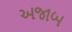
અજાબ